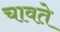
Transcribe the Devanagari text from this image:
चावते